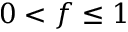
0 < f \le 1